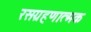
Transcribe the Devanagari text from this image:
रसग्रहणात्मक